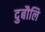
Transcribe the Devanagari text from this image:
दुबौलि